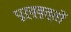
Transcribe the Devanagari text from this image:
पूर्व्वृत्तों